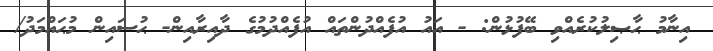
އިނާމު ޙާޞިލުކުރެއްވި ބޭފުޅުން: - އައު އުފެއްދުންތައް އުފެއްދުމުގެ ދާއިރާއިން- ޙުސައިން މުޙައްމަދު/